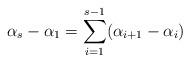
LaTeX: \begin{align*}\alpha_s-\alpha_1=\sum_{i=1}^{s-1}(\alpha_{i+1}-\alpha_i)\end{align*}